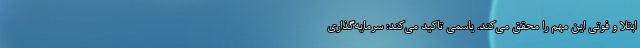
ابتلا و فوتی این مهم را محقق می‌کند. یاسمی تاکید می‌کند: سرمایه‌گذاری